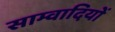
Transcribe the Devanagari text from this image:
साम्वादियों